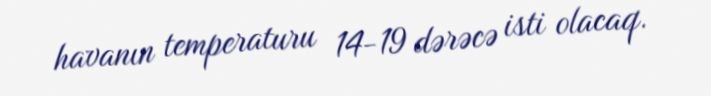
havanın temperaturu 14-19 dərəcə isti olacaq.